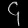
Digit: ၄